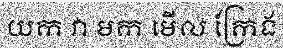
យក វា មក មើល ក្រែង